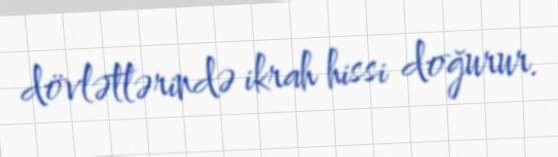
dövlətlərində ikrah hissi doğurur.